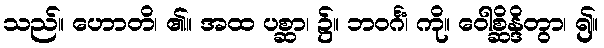
သည်။ ဟောတိ၊ ၏။ အထ ပစ္ဆာ၊ ၌။ ဘဝင်္ဂံ၊ ကို။ ဝေါစ္ဆိန္ဒိတွာ၊ ၍။